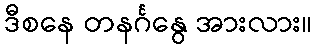
ဒီစနေ တနင်္ဂနွေ အားလား။